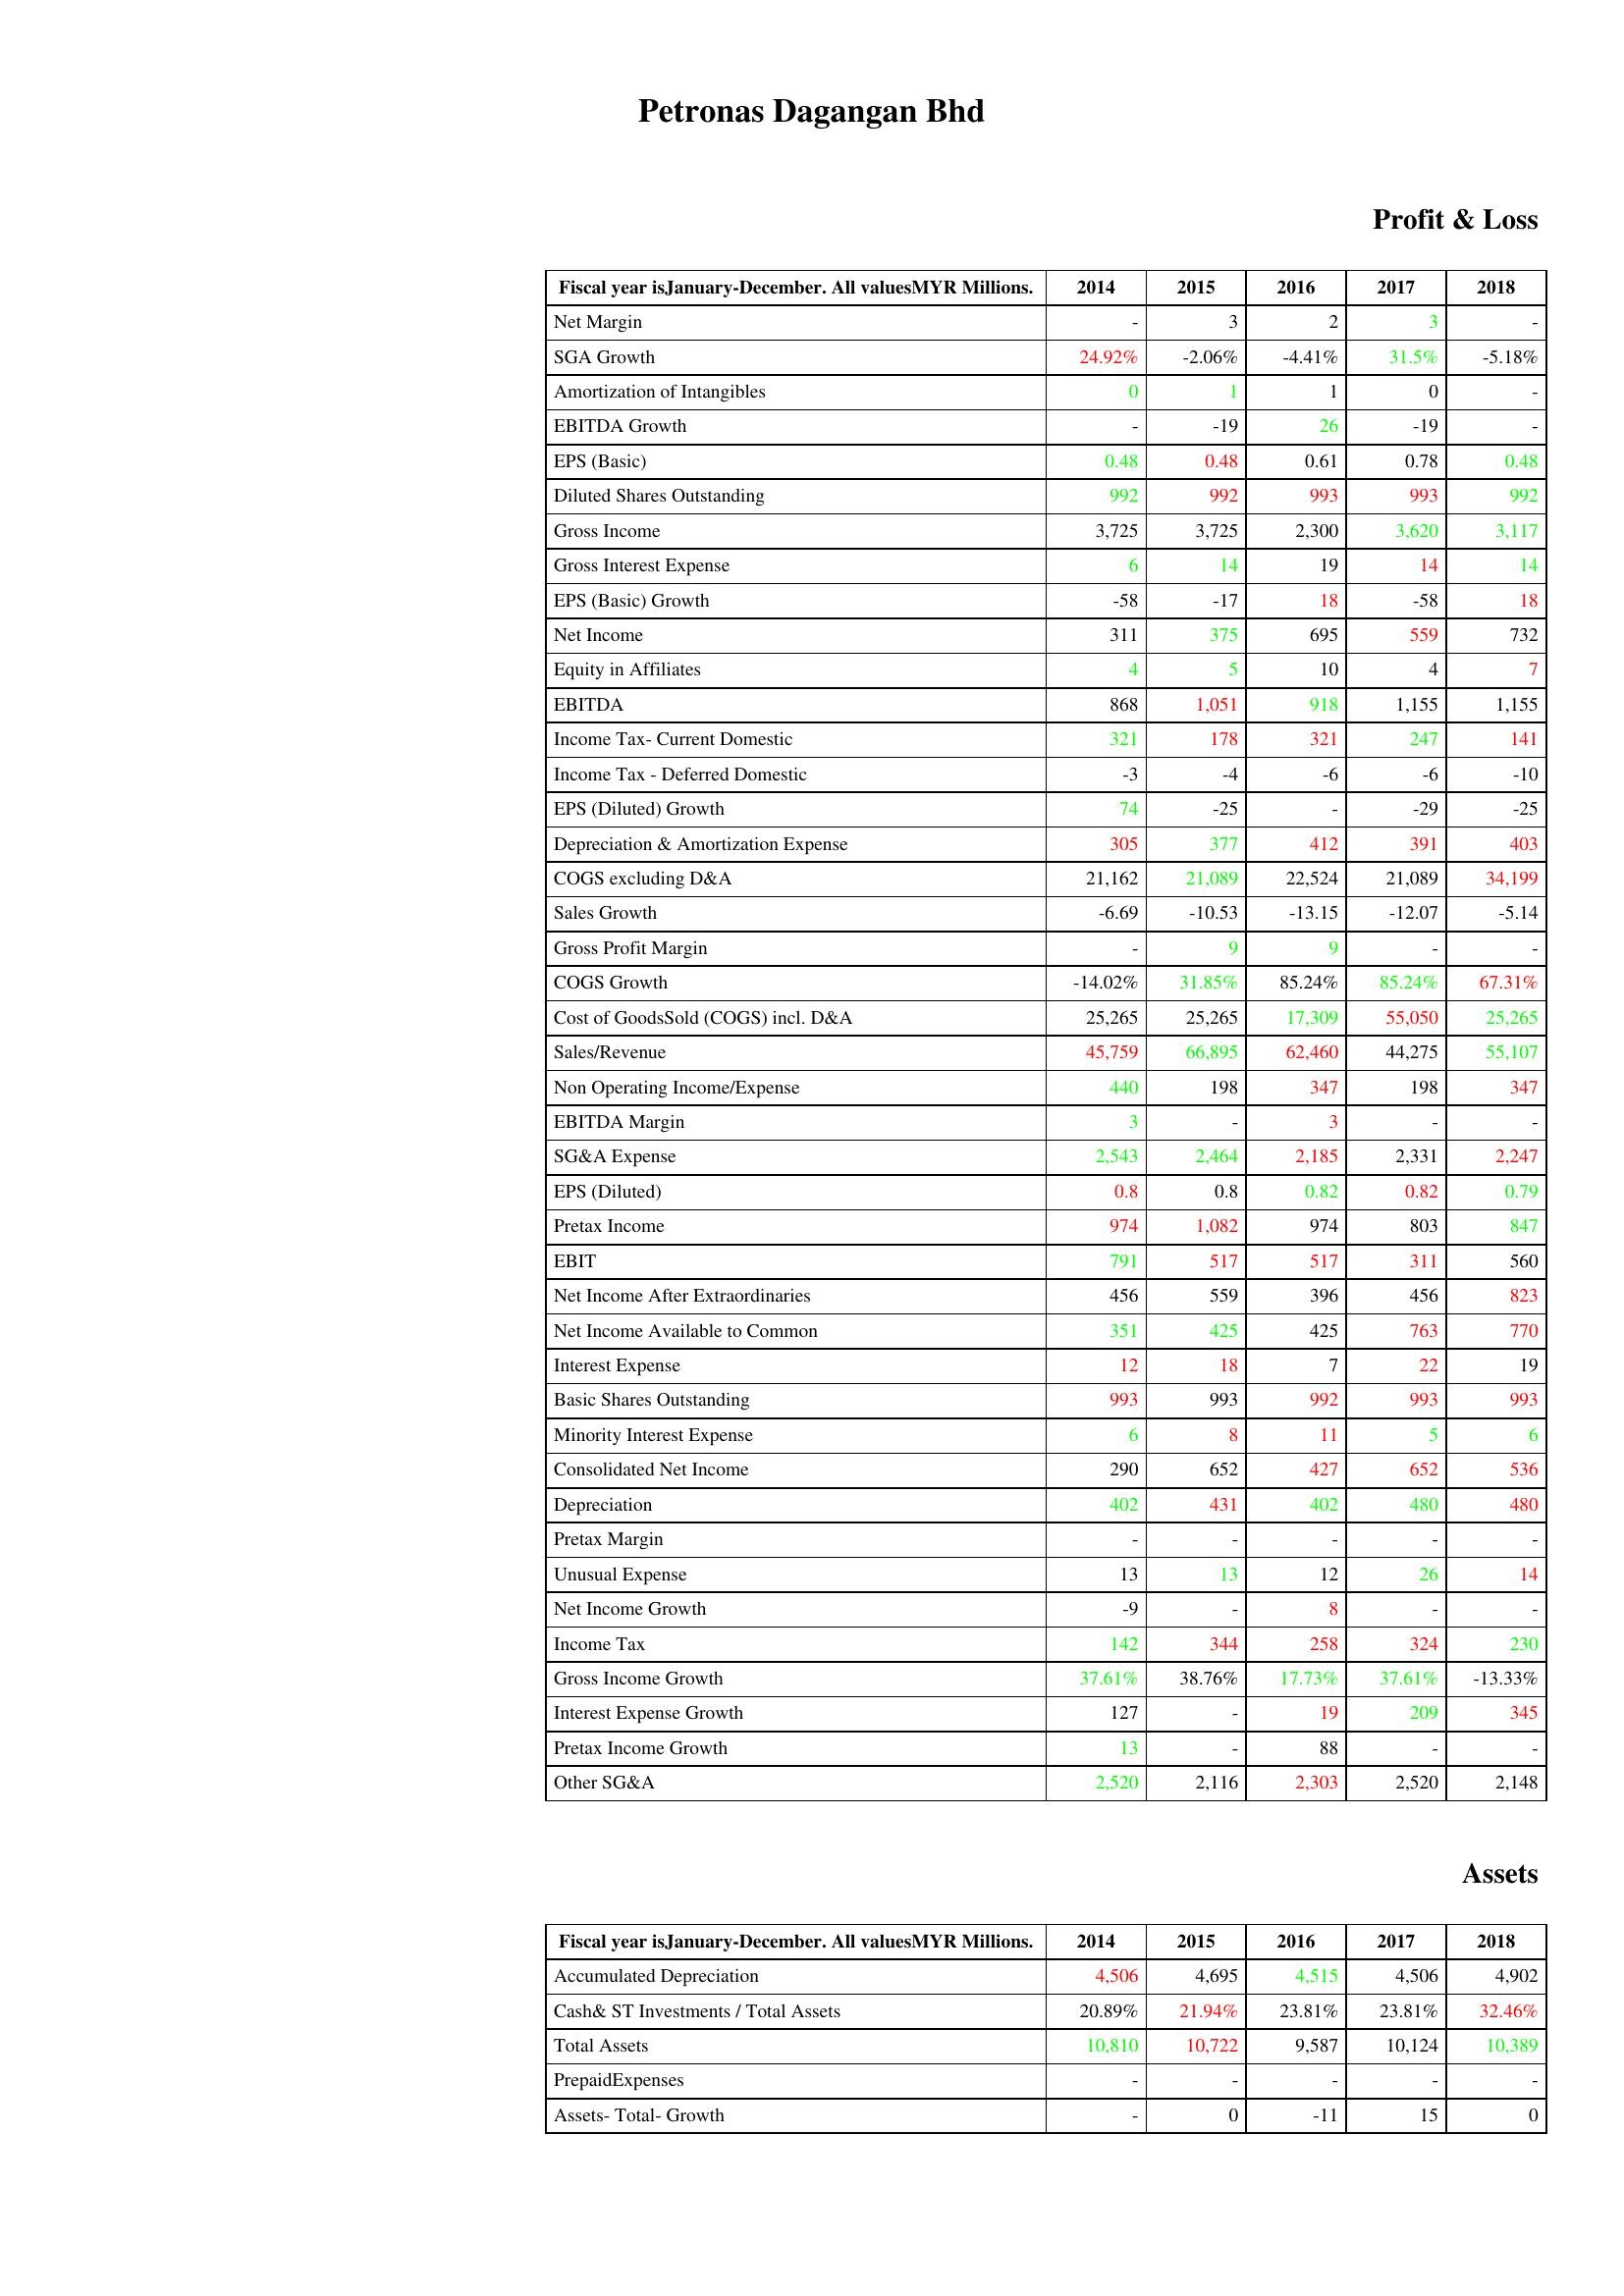
gt_parse: 2014: Profit & Loss: Net Margin: -
SGA Growth: 24.92%
Amortization of Intangibles: 0
EBITDA Growth: -
EPS (Basic): 0.48
Diluted Shares Outstanding: 992
Gross Income: 3,725
Gross Interest Expense: 6
EPS (Basic) Growth: -58
Net Income: 311
Equity in Affiliates: 4
EBITDA: 868
Income Tax- Current Domestic: 321
Income Tax - Deferred Domestic: -3
EPS (Diluted) Growth: 74
Depreciation & Amortization Expense: 305
COGS excluding D&A: 21,162
Sales Growth: -6.69
Gross Profit Margin: -
COGS Growth: -14.02%
Cost of GoodsSold (COGS) incl. D&A: 25,265
Sales/Revenue: 45,759
Non Operating Income/Expense: 440
EBITDA Margin: 3
SG&A Expense: 2,543
EPS (Diluted): 0.8
Pretax Income: 974
EBIT: 791
Net Income After Extraordinaries: 456
Net Income Available to Common: 351
Interest Expense: 12
Basic Shares Outstanding: 993
Minority Interest Expense: 6
Consolidated Net Income: 290
Depreciation: 402
Pretax Margin: -
Unusual Expense: 13
Net Income Growth: -9
Income Tax: 142
Gross Income Growth: 37.61%
Interest Expense Growth: 127
Pretax Income Growth: 13
Other SG&A: 2,520
Assets: Accumulated Depreciation: 4,506
Cash& ST Investments / Total Assets: 20.89%
Total Assets: 10,810
PrepaidExpenses: -
Assets- Total- Growth: -
2015: Profit & Loss: Net Margin: 3
SGA Growth: -2.06%
Amortization of Intangibles: 1
EBITDA Growth: -19
EPS (Basic): 0.48
Diluted Shares Outstanding: 992
Gross Income: 3,725
Gross Interest Expense: 14
EPS (Basic) Growth: -17
Net Income: 375
Equity in Affiliates: 5
EBITDA: 1,051
Income Tax- Current Domestic: 178
Income Tax - Deferred Domestic: -4
EPS (Diluted) Growth: -25
Depreciation & Amortization Expense: 377
COGS excluding D&A: 21,089
Sales Growth: -10.53
Gross Profit Margin: 9
COGS Growth: 31.85%
Cost of GoodsSold (COGS) incl. D&A: 25,265
Sales/Revenue: 66,895
Non Operating Income/Expense: 198
EBITDA Margin: -
SG&A Expense: 2,464
EPS (Diluted): 0.8
Pretax Income: 1,082
EBIT: 517
Net Income After Extraordinaries: 559
Net Income Available to Common: 425
Interest Expense: 18
Basic Shares Outstanding: 993
Minority Interest Expense: 8
Consolidated Net Income: 652
Depreciation: 431
Pretax Margin: -
Unusual Expense: 13
Net Income Growth: -
Income Tax: 344
Gross Income Growth: 38.76%
Interest Expense Growth: -
Pretax Income Growth: -
Other SG&A: 2,116
Assets: Accumulated Depreciation: 4,695
Cash& ST Investments / Total Assets: 21.94%
Total Assets: 10,722
PrepaidExpenses: -
Assets- Total- Growth: 0
2016: Profit & Loss: Net Margin: 2
SGA Growth: -4.41%
Amortization of Intangibles: 1
EBITDA Growth: 26
EPS (Basic): 0.61
Diluted Shares Outstanding: 993
Gross Income: 2,300
Gross Interest Expense: 19
EPS (Basic) Growth: 18
Net Income: 695
Equity in Affiliates: 10
EBITDA: 918
Income Tax- Current Domestic: 321
Income Tax - Deferred Domestic: -6
EPS (Diluted) Growth: -
Depreciation & Amortization Expense: 412
COGS excluding D&A: 22,524
Sales Growth: -13.15
Gross Profit Margin: 9
COGS Growth: 85.24%
Cost of GoodsSold (COGS) incl. D&A: 17,309
Sales/Revenue: 62,460
Non Operating Income/Expense: 347
EBITDA Margin: 3
SG&A Expense: 2,185
EPS (Diluted): 0.82
Pretax Income: 974
EBIT: 517
Net Income After Extraordinaries: 396
Net Income Available to Common: 425
Interest Expense: 7
Basic Shares Outstanding: 992
Minority Interest Expense: 11
Consolidated Net Income: 427
Depreciation: 402
Pretax Margin: -
Unusual Expense: 12
Net Income Growth: 8
Income Tax: 258
Gross Income Growth: 17.73%
Interest Expense Growth: 19
Pretax Income Growth: 88
Other SG&A: 2,303
Assets: Accumulated Depreciation: 4,515
Cash& ST Investments / Total Assets: 23.81%
Total Assets: 9,587
PrepaidExpenses: -
Assets- Total- Growth: -11
2017: Profit & Loss: Net Margin: 3
SGA Growth: 31.5%
Amortization of Intangibles: 0
EBITDA Growth: -19
EPS (Basic): 0.78
Diluted Shares Outstanding: 993
Gross Income: 3,620
Gross Interest Expense: 14
EPS (Basic) Growth: -58
Net Income: 559
Equity in Affiliates: 4
EBITDA: 1,155
Income Tax- Current Domestic: 247
Income Tax - Deferred Domestic: -6
EPS (Diluted) Growth: -29
Depreciation & Amortization Expense: 391
COGS excluding D&A: 21,089
Sales Growth: -12.07
Gross Profit Margin: -
COGS Growth: 85.24%
Cost of GoodsSold (COGS) incl. D&A: 55,050
Sales/Revenue: 44,275
Non Operating Income/Expense: 198
EBITDA Margin: -
SG&A Expense: 2,331
EPS (Diluted): 0.82
Pretax Income: 803
EBIT: 311
Net Income After Extraordinaries: 456
Net Income Available to Common: 763
Interest Expense: 22
Basic Shares Outstanding: 993
Minority Interest Expense: 5
Consolidated Net Income: 652
Depreciation: 480
Pretax Margin: -
Unusual Expense: 26
Net Income Growth: -
Income Tax: 324
Gross Income Growth: 37.61%
Interest Expense Growth: 209
Pretax Income Growth: -
Other SG&A: 2,520
Assets: Accumulated Depreciation: 4,506
Cash& ST Investments / Total Assets: 23.81%
Total Assets: 10,124
PrepaidExpenses: -
Assets- Total- Growth: 15
2018: Profit & Loss: Net Margin: -
SGA Growth: -5.18%
Amortization of Intangibles: -
EBITDA Growth: -
EPS (Basic): 0.48
Diluted Shares Outstanding: 992
Gross Income: 3,117
Gross Interest Expense: 14
EPS (Basic) Growth: 18
Net Income: 732
Equity in Affiliates: 7
EBITDA: 1,155
Income Tax- Current Domestic: 141
Income Tax - Deferred Domestic: -10
EPS (Diluted) Growth: -25
Depreciation & Amortization Expense: 403
COGS excluding D&A: 34,199
Sales Growth: -5.14
Gross Profit Margin: -
COGS Growth: 67.31%
Cost of GoodsSold (COGS) incl. D&A: 25,265
Sales/Revenue: 55,107
Non Operating Income/Expense: 347
EBITDA Margin: -
SG&A Expense: 2,247
EPS (Diluted): 0.79
Pretax Income: 847
EBIT: 560
Net Income After Extraordinaries: 823
Net Income Available to Common: 770
Interest Expense: 19
Basic Shares Outstanding: 993
Minority Interest Expense: 6
Consolidated Net Income: 536
Depreciation: 480
Pretax Margin: -
Unusual Expense: 14
Net Income Growth: -
Income Tax: 230
Gross Income Growth: -13.33%
Interest Expense Growth: 345
Pretax Income Growth: -
Other SG&A: 2,148
Assets: Accumulated Depreciation: 4,902
Cash& ST Investments / Total Assets: 32.46%
Total Assets: 10,389
PrepaidExpenses: -
Assets- Total- Growth: 0